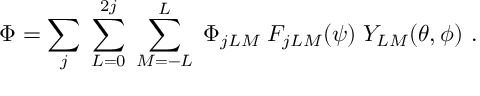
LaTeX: \Phi = \sum _ { j } \; \sum _ { L = 0 } ^ { 2 j } \; \sum _ { M = - L } ^ { L } \; \Phi _ { j L M } \; F _ { j L M } ( \psi ) \; Y _ { L M } ( \theta , \phi ) \ .